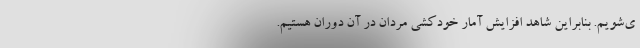
ی‌شویم. بنابراین شاهد افزایش آمار خودکشی مردان در آن دوران هستیم.